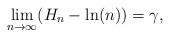
LaTeX: \begin{align*}\lim_{n \to \infty}(H_n-\ln(n))=\gamma,\end{align*}